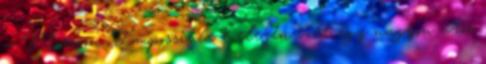
a Mission: Impossible 4 elején volt egy nagyon ütős